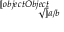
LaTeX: \scriptscriptstyle { \sqrt [ [object Object] ] { a / b } }